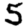
Digit: 5